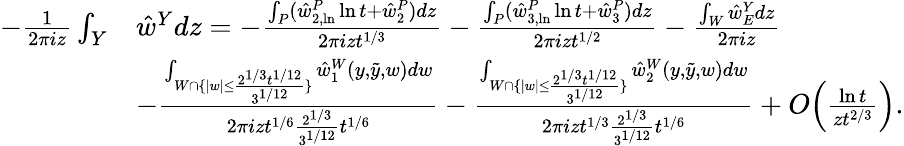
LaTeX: \begin{array}{rl}{-\frac{1}{2\pi iz}\int_{Y}}&{\hat{w}^{Y}dz=-\frac{\int_{P}(\hat{w}_{2,\ln}^{P}\ln{t}+\hat{w}_{2}^{P})dz}{2\pi izt^{1/3}}-\frac{\int_{P}(\hat{w}_{3,\ln}^{P}\ln{t}+\hat{w}_{3}^{P})dz}{2\pi izt^{1/2}}-\frac{\int_{W}\hat{w}_{E}^{Y}dz}{2\pi iz}}\\ &{-\frac{\int_{W\cap\{ |w|\leq\frac{2^{1/3}t^{1/12}}{3^{1/12}}\} }\hat{w}_{1}^{W}(y,\tilde{y},w)dw}{2\pi izt^{1/6}\frac{2^{1/3}}{3^{1/12}}t^{1/6}}-\frac{\int_{W\cap\{ |w|\leq\frac{2^{1/3}t^{1/12}}{3^{1/12}}\} }\hat{w}_{2}^{W}(y,\tilde{y},w)dw}{2\pi izt^{1/3}\frac{2^{1/3}}{3^{1/12}}t^{1/6}}+O\Big(\frac{\ln{t}}{zt^{2/3}}\Big).}\end{array}